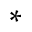
\ast